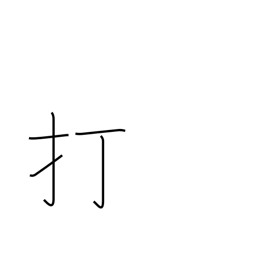
Meaning: knock